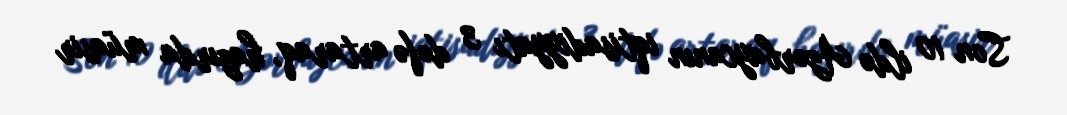
Son 10 ildə Azərbaycanın iqtisadiyyatı 3 dəfə artaraq, hazırda müasir